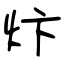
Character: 炞